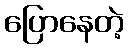
ပြောနေတဲ့